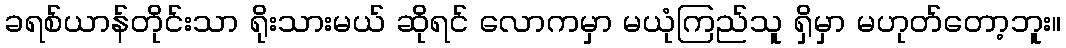
ခရစ်ယာန်တိုင်းသာ ရိုးသားမယ် ဆိုရင် လောကမှာ မယုံကြည်သူ ရှိမှာ မဟုတ်တော့ဘူး။